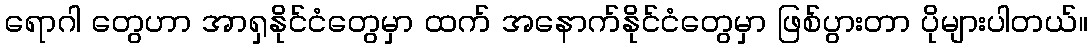
ရောဂါ တွေဟာ အာရှနိုင်ငံတွေမှာ ထက် အနောက်နိုင်ငံတွေမှာ ဖြစ်ပွားတာ ပိုများပါတယ်။